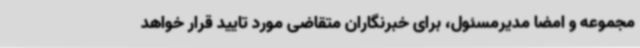
مجموعه و امضا مدیرمسئول، برای خبرنگاران متقاضی مورد تایید قرار خواهد